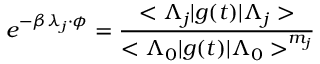
e ^ { - \beta \lambda _ { j } \cdot \phi } = \frac { < \Lambda _ { j } | g ( t ) | \Lambda _ { j } > } { < \Lambda _ { 0 } | g ( t ) | \Lambda _ { 0 } > ^ { m _ { j } } }